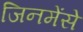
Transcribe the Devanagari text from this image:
जिनमेंसे